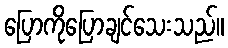
ပြောကိုပြောချင်သေးသည်။